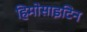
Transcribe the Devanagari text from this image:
हिमोसाइटिन